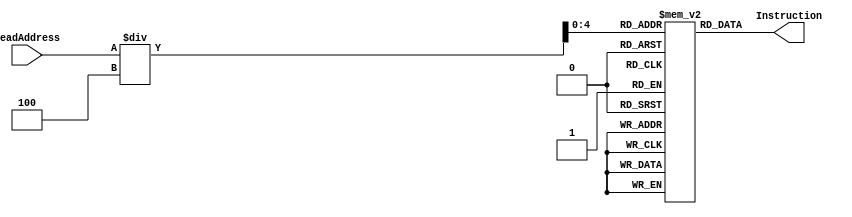
`timescale 1ns / 1ps
//////////////////////////////////////////////////////////////////////////////////
// Company: 
// Engineer: 
// 
// Design Name: 
// Module Name:    InstructionMemory 
// Project Name: 
// Target Devices: 
// Tool versions: 
// Description: 
//
// Dependencies: 
//
// Revision: 
// Revision 0.01 - File Created
// Additional Comments: 
//
//////////////////////////////////////////////////////////////////////////////////
module InstructionMemory(ReadAddress,Instruction);//unchanged
	input [31:0] ReadAddress;
	output [31:0] Instruction;
	reg [31:0] memory[0:29];
	initial begin
		memory[0] = 32'b00100000000010000000000000100000; //addi $t0, $zero, 0x20
		memory[1] = 32'b00100000000010010000000000100111; //addi $t1, $zero, 0x27
		memory[2] = 32'b00000001000010011000000000100100; //and $s0, $t0, $t1
		memory[3] = 32'b00000001000010011000000000100101; //or $s0, $t0, $t1
		memory[4] = 32'b10101100000100000000000000000100; //sw $s0, 4($zero)
		memory[5] = 32'b10101100000010000000000000001000; //sw $t0, 8($zero)
		memory[6] = 32'b00000001000010011000100000100000; //add $s1, $t0, $t1
		memory[7] = 32'b00000001000010011001000000100010; //sub $s2, $t0, $t1
		memory[8] = 32'b00010010001100100000000000001001; //beq $s1, $s2, error0
		memory[9] = 32'b10001100000100010000000000000100; //lw $s1, 4($zero)
		memory[10]= 32'b00110010001100100000000000011000; //andi $s2, $s1, 0x18
		memory[11] =32'b00010010001100100000000000001001; //beq $s1, $s2, error1
		memory[12] =32'b10001100000100110000000000001000; //lw $s3, 8($zero)
		memory[13] =32'b00010010000100110000000000001010; //beq $s0, $s3, error2
		memory[14] =32'b00000010010100011010000000101010; //slt $s4, $s2, $s1 (Last)
		memory[15] =32'b00010010100000000000000000001111; //beq $s4, $0, EXIT
		memory[16] =32'b00000010001000001001000000100000; //add $s2, $s1, $0
		memory[17] =32'b00001000000000000000000000001110; //j Last
		memory[18] =32'b00100000000010000000000000000000; //addi $t0, $0, 0(error0)
		memory[19] =32'b00100000000010010000000000000000; //addi $t1, $0, 0
		memory[20] =32'b00001000000000000000000000011111; //j EXIT
		memory[21] =32'b00100000000010000000000000000001; //addi $t0, $0, 1(error1)
		memory[22] =32'b00100000000010010000000000000001; //addi $t1, $0, 1
		memory[23] =32'b00001000000000000000000000011111; //j EXIT
		memory[24] =32'b00100000000010000000000000000010; //addi $t0, $0, 2(error2)
		memory[25] =32'b00100000000010010000000000000010; //addi $t1, $0, 2
		memory[26] =32'b00001000000000000000000000011111; //j EXIT
		memory[27] =32'b00100000000010000000000000000011; //addi $t0, $0, 3(error3)
		memory[28] =32'b00100000000010010000000000000011; //addi $t1, $0, 3
		memory[29] =32'b00001000000000000000000000011111; //j EXIT
		//memory[30] =32'b00000000000000000000000000000000;
	end
	assign Instruction = memory[ReadAddress/4];
endmodule